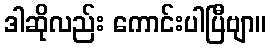
ဒါဆိုလည်း ကောင်းပါပြီဗျာ။